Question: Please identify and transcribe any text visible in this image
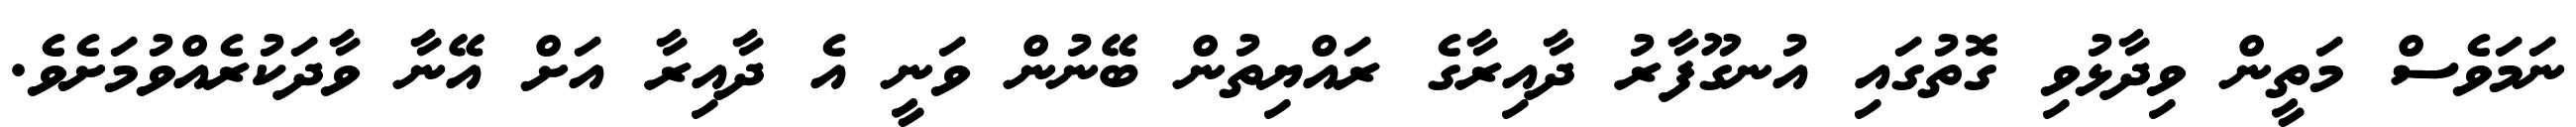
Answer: ނަމަވެސް މަތީން ވިދާޅުވި ގޮތުގައި އުނގޫފާރު ދާއިރާގެ ރައްޔިތުން ބޭނުން ވަނީ އެ ދާއިރާ އަށް އޭނާ ވާދަކުރެއްވުމަށެވެ.